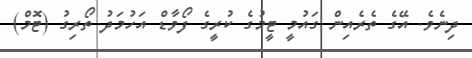
ދިނެވެ. އޭގެ ތެރެއިން ގައުމީ ޓީމުގެ ކުރީގެ ފޯވާޑް އަހުމަދު ތޯރިގު (ޓޮމް)